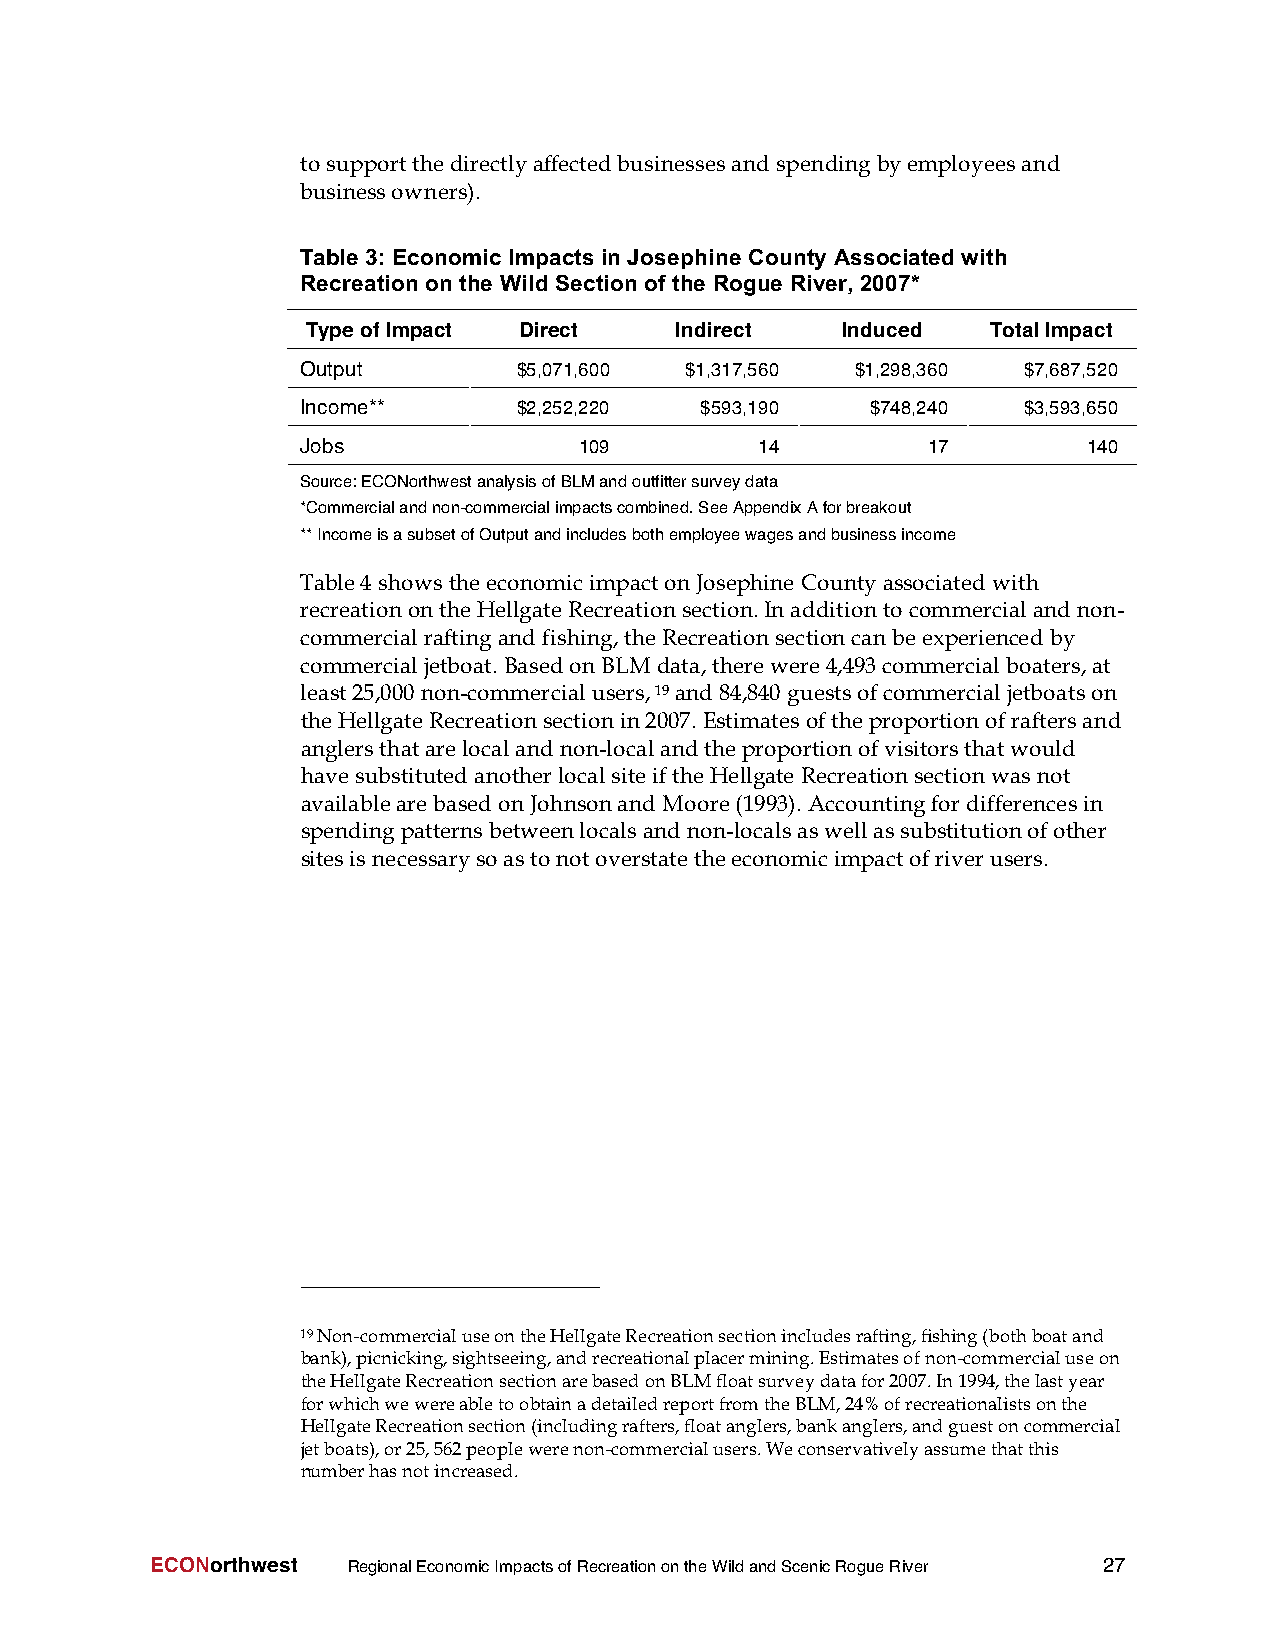
tosupportthedirectlyaffectedbusinessesandspendingbyemployeesand
 businessowners).
 Table 3: Economic Impacts in Josephine County Associated with
 Recreation on the Wild Section of the Rogue River, 2007*
 TypeofImpact  Direct     Indirect   Induced   TotalImpact
 Output        $5,071,600 $1,317,560  $1,298,360 $7,687,520
 Income**      $2,252,220  $593,190    $748,240  $3,593,650
 Jobs              109         14         17         140
 Source:ECONorthwestanalysisofBLMandoutfittersurveydata
 *Commercialandnon-commercialimpactscombined.SeeAppendixAforbreakout
 **IncomeisasubsetofOutputandincludesbothemployeewagesandbusinessincome
 Table4 showstheeconomicimpactonJosephine Countyassociatedwith
 recreationontheHellgateRecreationsection.Inadditiontocommercialand non-
 commercialraftingandfishing,theRecreationsectioncanbeexperiencedby
 commercialjetboat.BasedonBLMdata,therewere4,493commercialboaters,at
 least25,000 non-commercialusers,19and84,840 guestsofcommercialjetboatson
 theHellgateRecreationsectionin2007.Estimates oftheproportionofraftersand
 anglersthatarelocalandnon-localandtheproportionofvisitorsthatwould
 havesubstitutedanotherlocalsiteiftheHellgate Recreationsectionwasnot
 availablearebasedonJohnsonandMoore(1993).Accountingfordifferencesin
 spendingpatternsbetweenlocalsand non-localsaswellassubstitutionofother
 sitesisnecessarysoastonotoverstatetheeconomicimpactofriverusers.
 19Non-commercialuseontheHellgateRecreationsectionincludesrafting,fishing(bothboatand
 bank),picnicking,sightseeing,andrecreationalplacermining.Estimatesofnon-commercialuseon
 theHellgateRecreationsectionarebasedonBLMfloatsurveydatafor2007.In1994,thelastyear
 forwhichwewereabletoobtainadetailedreportfromtheBLM,24%ofrecreationalistsonthe
 HellgateRecreationsection(includingrafters,floatanglers,bankanglers,andguestoncommercial
 jetboats),or25,562peoplewerenon-commercialusers.Weconservativelyassumethatthis
 numberhasnotincreased.
 ECONorthwest RegionalEconomicImpactsofRecreationontheWildandScenicRogueRiver 27